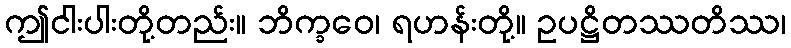
ဤငါးပါးတို့တည်း။ ဘိက္ခဝေ၊ ရဟန်းတို့။ ဥပဋ္ဌိတဿတိဿ၊